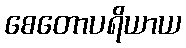
စေတောပရိယာယ